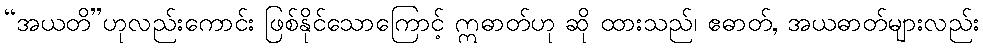
“အယတိ”ဟုလည်းကောင်း ဖြစ်နိုင်သောကြောင့် ဣဓာတ်ဟု ဆို ထားသည်၊ ဧဓာတ်, အယဓာတ်များလည်း